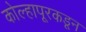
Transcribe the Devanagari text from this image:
कोल्हापूरकडून